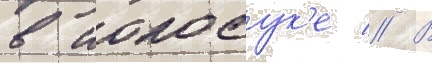
в иокосук'е // В